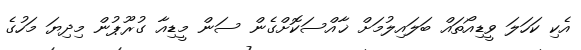
އެކި ކަހަލަ ވީޑިއޯތައް ބަލައިލުމަށް ޚާއްސަކޮށްގެން ސަން މީޑިއާ ގުރޫޕުން މިދިޔަ މަހުގެ